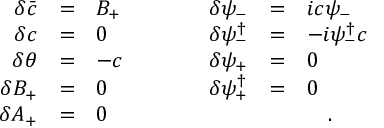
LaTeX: \begin{array} { r c l c r c l } { { \delta \bar { c } } } & { { = } } & { { B _ { + } } } & { { \quad \quad } } & { { \delta \psi _ { - } } } & { { = } } & { { i c \psi _ { - } \nonumber } } \\ { { \delta c } } & { { = } } & { { 0 } } & { { \quad \quad } } & { { \delta \psi _ { - } ^ { \dag } } } & { { = } } & { { - i \psi _ { - } ^ { \dag } c \nonumber } } \\ { { \delta \theta } } & { { = } } & { { - c } } & { { \quad \quad } } & { { \delta \psi _ { + } } } & { { = } } & { { 0 \nonumber } } \\ { { \delta B _ { + } } } & { { = } } & { { 0 } } & { { \quad \quad } } & { { \delta \psi _ { + } ^ { \dag } } } & { { = } } & { { 0 \nonumber } } \\ { { \delta A _ { + } } } & { { = } } & { { 0 } } & { { } } & { { } } & { { } } & { { \quad . } } \end{array}